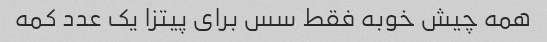
همه چیش خوبه فقط سس برای پیتزا یک عدد کمه